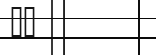
٢٨